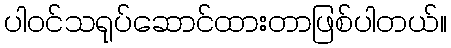
ပါဝင်သရုပ်ဆောင်ထားတာဖြစ်ပါတယ်။